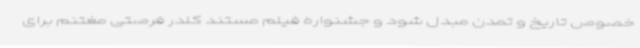
خصوص تاریخ و تمدن مبدل شود و جشنواره فیلم مستند کلدر فرصتی مغتنم برای